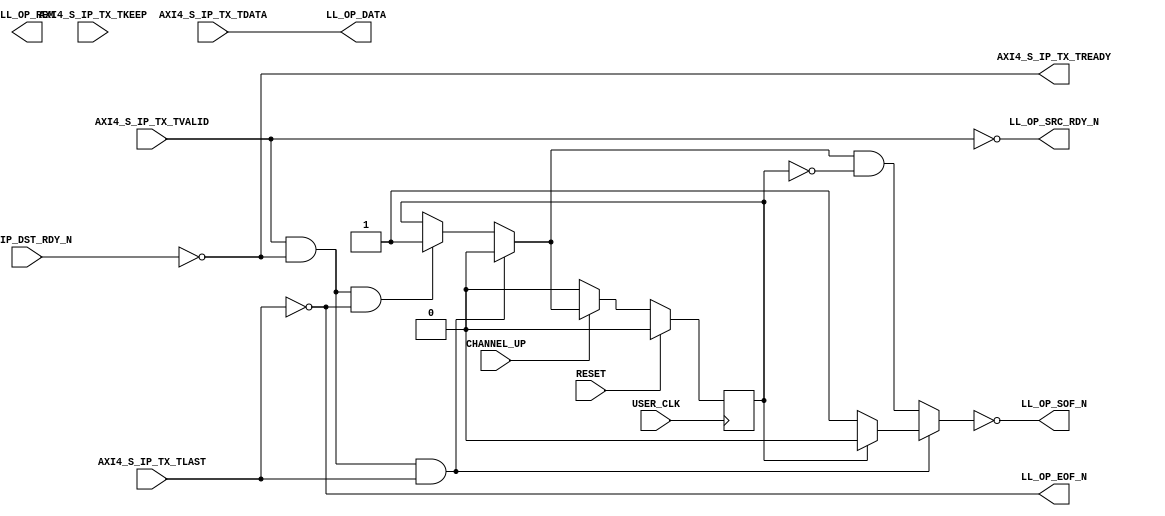
///////////////////////////////////////////////////////////////////////////////
// (c) Copyright 2010 Xilinx, Inc. All rights reserved.
//
// This file contains confidential and proprietary information
// of Xilinx, Inc. and is protected under U.S. and
// international copyright and other intellectual property
// laws.
//
// DISCLAIMER
// This disclaimer is not a license and does not grant any
// rights to the materials distributed herewith. Except as
// otherwise provided in a valid license issued to you by
// Xilinx, and to the maximum extent permitted by applicable
// law: (1) THESE MATERIALS ARE MADE AVAILABLE "AS IS" AND
// WITH ALL FAULTS, AND XILINX HEREBY DISCLAIMS ALL WARRANTIES
// AND CONDITIONS, EXPRESS, IMPLIED, OR STATUTORY, INCLUDING
// BUT NOT LIMITED TO WARRANTIES OF MERCHANTABILITY, NON-
// INFRINGEMENT, OR FITNESS FOR ANY PARTICULAR PURPOSE; and
// (2) Xilinx shall not be liable (whether in contract or tort,
// including negligence, or under any other theory of
// liability) for any loss or damage of any kind or nature
// related to, arising under or in connection with these
// materials, including for any direct, or any indirect,
// special, incidental, or consequential loss or damage
// (including loss of data, profits, goodwill, or any type of
// loss or damage suffered as a result of any action brought
// by a third party) even if such damage or loss was
// reasonably foreseeable or Xilinx had been advised of the
// possibility of the same.
//
// CRITICAL APPLICATIONS
// Xilinx products are not designed or intended to be fail-
// safe, or for use in any application requiring fail-safe
// performance, such as life-support or safety devices or
// systems, Class III medical devices, nuclear facilities,
// applications related to the deployment of airbags, or any
// other applications that could lead to death, personal
// injury, or severe property or environmental damage
// (individually and collectively, "Critical
// Applications"). Customer assumes the sole risk and
// liability of any use of Xilinx products in Critical
// Applications, subject only to applicable laws and
// regulations governing limitations on product liability.
//
// THIS COPYRIGHT NOTICE AND DISCLAIMER MUST BE RETAINED AS
// PART OF THIS FILE AT ALL TIMES.
// 
// 
///////////////////////////////////////////////////////////////////////////////
//
//  AXI_TO_LL
//
//
//  Description: This light wrapper/shim convertes Legacy LocalLink interface
//               signals from AXI-4 Stream protocol signals
//
//
///////////////////////////////////////////////////////////////////////////////

`timescale 1 ns/1 ps
(* core_generation_info = "Aurora_V10,aurora_8b10b_v6_2,{user_interface=AXI_4_Streaming, backchannel_mode=Sidebands, c_aurora_lanes=1, c_column_used=left, c_gt_clock_1=GTXQ1, c_gt_clock_2=None, c_gt_loc_1=X, c_gt_loc_10=X, c_gt_loc_11=X, c_gt_loc_12=X, c_gt_loc_13=X, c_gt_loc_14=X, c_gt_loc_15=X, c_gt_loc_16=X, c_gt_loc_17=X, c_gt_loc_18=X, c_gt_loc_19=X, c_gt_loc_2=X, c_gt_loc_20=X, c_gt_loc_21=X, c_gt_loc_22=X, c_gt_loc_23=X, c_gt_loc_24=X, c_gt_loc_25=X, c_gt_loc_26=X, c_gt_loc_27=X, c_gt_loc_28=X, c_gt_loc_29=X, c_gt_loc_3=X, c_gt_loc_30=X, c_gt_loc_31=X, c_gt_loc_32=X, c_gt_loc_33=X, c_gt_loc_34=X, c_gt_loc_35=X, c_gt_loc_36=X, c_gt_loc_37=X, c_gt_loc_38=X, c_gt_loc_39=X, c_gt_loc_4=X, c_gt_loc_40=X, c_gt_loc_41=X, c_gt_loc_42=X, c_gt_loc_43=X, c_gt_loc_44=X, c_gt_loc_45=X, c_gt_loc_46=X, c_gt_loc_47=X, c_gt_loc_48=X, c_gt_loc_5=1, c_gt_loc_6=X, c_gt_loc_7=X, c_gt_loc_8=X, c_gt_loc_9=X, c_lane_width=4, c_line_rate=1.25, c_nfc=false, c_nfc_mode=IMM, c_refclk_frequency=125.0, c_simplex=false, c_simplex_mode=TX, c_stream=true, c_ufc=false, flow_mode=None, interface_mode=Streaming, dataflow_config=Duplex}" *)
module Aurora_V10_AXI_TO_LL #
(
    parameter            DATA_WIDTH         = 16, // DATA bus width
    parameter            STRB_WIDTH         = 2, // STROBE bus width
    parameter            REM_WIDTH          = 1 // REM bus width
)
(

    // AXI4-S input signals
    AXI4_S_IP_TX_TVALID,
    AXI4_S_IP_TX_TREADY,
    AXI4_S_IP_TX_TDATA,
    AXI4_S_IP_TX_TKEEP,
    AXI4_S_IP_TX_TLAST,

    // LocalLink output Interface
    LL_OP_DATA,
    LL_OP_SOF_N,
    LL_OP_EOF_N,
    LL_OP_REM,
    LL_OP_SRC_RDY_N,
    LL_IP_DST_RDY_N,

    // System Interface
    USER_CLK,
    RESET,  
    CHANNEL_UP

);

`define DLY #1

//***********************************Port Declarations*******************************

    // AXI4-Stream Interface
    input   [0:(DATA_WIDTH-1)]     AXI4_S_IP_TX_TDATA;
    input   [0:(STRB_WIDTH-1)]     AXI4_S_IP_TX_TKEEP;
    input                          AXI4_S_IP_TX_TVALID;
    input                          AXI4_S_IP_TX_TLAST;
    output                         AXI4_S_IP_TX_TREADY;

    // LocalLink TX Interface
    output    [0:(DATA_WIDTH-1)]   LL_OP_DATA;
    output    [0:(REM_WIDTH-1)]    LL_OP_REM;
    output                         LL_OP_SRC_RDY_N;
    output                         LL_OP_SOF_N;
    output                         LL_OP_EOF_N;
    input                          LL_IP_DST_RDY_N;

    // System Interface
    input                          USER_CLK;
    input                          RESET;
    input                          CHANNEL_UP;
 

    reg                            new_pkt_r;

    wire                           new_pkt;

//*********************************Main Body of Code**********************************

   assign AXI4_S_IP_TX_TREADY = !LL_IP_DST_RDY_N;
   assign LL_OP_DATA = AXI4_S_IP_TX_TDATA;
   assign LL_OP_SRC_RDY_N = !AXI4_S_IP_TX_TVALID;
   assign LL_OP_EOF_N = !AXI4_S_IP_TX_TLAST;
   assign LL_OP_REM = (AXI4_S_IP_TX_TKEEP[0] + AXI4_S_IP_TX_TKEEP[1] + AXI4_S_IP_TX_TKEEP[2] + AXI4_S_IP_TX_TKEEP[3]) - 1'b1;
   assign new_pkt = ( AXI4_S_IP_TX_TVALID && AXI4_S_IP_TX_TREADY && AXI4_S_IP_TX_TLAST ) ? 1'b0 : ((AXI4_S_IP_TX_TVALID && AXI4_S_IP_TX_TREADY && !AXI4_S_IP_TX_TLAST ) ? 1'b1 : new_pkt_r);
   
   assign LL_OP_SOF_N  = ~ ( ( AXI4_S_IP_TX_TVALID && AXI4_S_IP_TX_TREADY && AXI4_S_IP_TX_TLAST ) ? ((new_pkt_r) ? 1'b0 : 1'b1) : (new_pkt && (!new_pkt_r)));

always @ (posedge USER_CLK)
begin
  if(RESET)
    new_pkt_r <= `DLY 1'b0;
  else if(CHANNEL_UP)
    new_pkt_r <= `DLY new_pkt;
  else
    new_pkt_r <= `DLY 1'b0;
end

endmodule